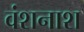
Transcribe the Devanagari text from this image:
वंशनाश